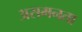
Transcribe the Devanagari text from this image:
असमनता